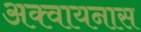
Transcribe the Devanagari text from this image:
अक्वायनास